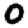
Digit: 0